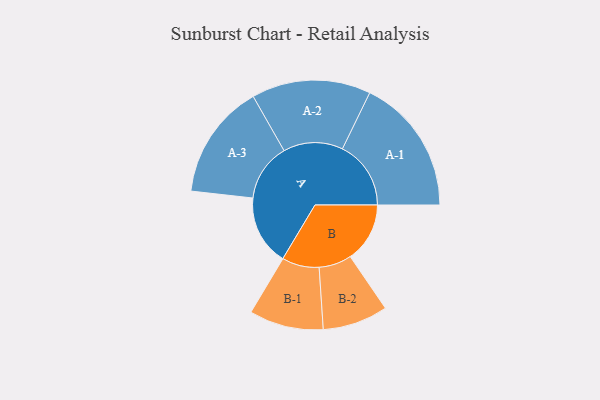
{"axis": {"x": "Segment", "y": "Value"}, "legend": ["", "A", "B"], "data": [{"x": "A", "y": 266, "type": ""}, {"x": "B", "y": 226, "type": ""}, {"x": "A-1", "y": 260, "type": "A"}, {"x": "A-2", "y": 226, "type": "A"}, {"x": "A-3", "y": 219, "type": "A"}, {"x": "B-1", "y": 141, "type": "B"}, {"x": "B-2", "y": 124, "type": "B"}]}